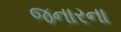
જનારના